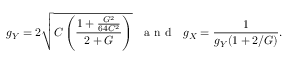
g _ { Y } = 2 \sqrt { C \left( \frac { 1 + \frac { G ^ { 2 } } { 6 4 C ^ { 2 } } } { 2 + G } \right) } \, \, \, \, \mathrm { ~ a ~ n ~ d ~ } \, \, \, \, g _ { X } = \frac { 1 } { g _ { Y } ( 1 + 2 / G ) } .